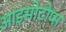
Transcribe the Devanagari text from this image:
आइसोटोप्स